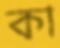
কা